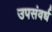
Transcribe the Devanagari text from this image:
उपसंवर्ध